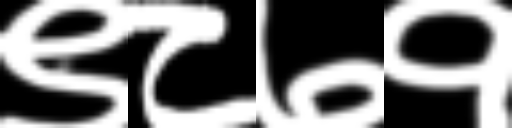
Text: ९८७१